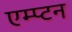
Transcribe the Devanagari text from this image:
एम्प्टन